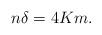
LaTeX: \begin{align*}n \delta = 4 K m.\end{align*}